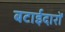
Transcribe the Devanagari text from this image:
बटाईदारों